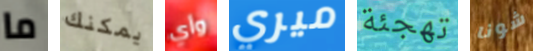
ما يمكنك وأي ميري تهجئة شونا